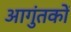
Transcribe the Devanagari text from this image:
आगुंतकों